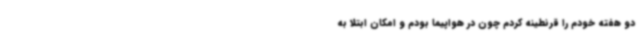
دو هفته خودم را قرنطینه کردم چون در هواپیما بودم و امکان ابتلا به